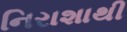
નિરાશાથી